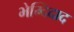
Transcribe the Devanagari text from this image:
भेम्दिदाद